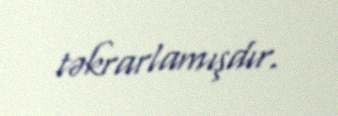
təkrarlamışdır.